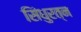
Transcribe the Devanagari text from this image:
सिंधुरत्‍न